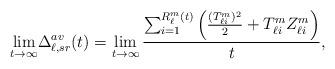
LaTeX: \begin{align*} \underset{t\to\infty}{\lim}\Delta_{\ell,sr}^{av}(t)=\lim_{t\to\infty}\frac{\sum_{i=1}^{R_\ell^m(t)}\left(\frac{(T_{\ell i}^m)^2}{2}+T_{\ell i}^m Z_{\ell i}^m\right)}{t},\end{align*}